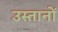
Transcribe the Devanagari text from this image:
उस्तानों